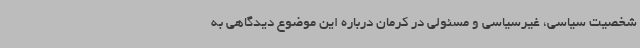
شخصیت سیاسی، غیرسیاسی و مسئولی در کرمان درباره این موضوع دیدگاهی به